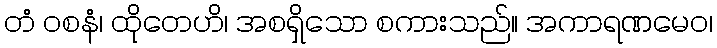
တံ ဝစနံ၊ ထိုတေဟိ၊ အစရှိသော စကားသည်။ အကာရဏမေဝ၊